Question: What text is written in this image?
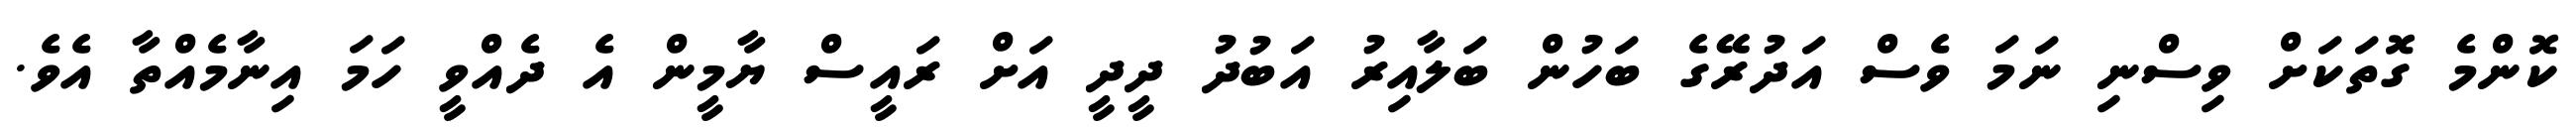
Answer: ކޮންމެ ގޮތަކަށް ވިސްނި ނަމަ ވެސް އަދުރޭގެ ބަހުން ބަލާއިރު އަބުދު ދީދީ އަށް ރައީސް ޔާމީން އެ ދެއްވީ ހަމަ އިނާމެއްތާ އެވެ.